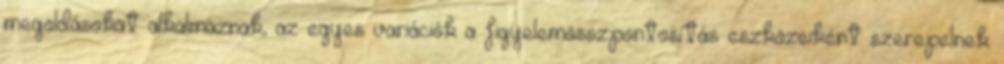
megoldásokat alkalmaznak, az egyes variációk a figyelemösszpontosítás eszközeiként szerepelnek: